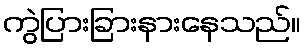
ကွဲပြားခြားနားနေသည်။